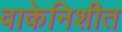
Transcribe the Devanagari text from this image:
वाकेनिशीत